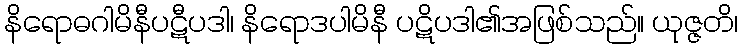
နိရောဓဂါမိနီပဋီပဒါ၊ နိရောဒပါမိနီ ပဋိပဒါ၏အဖြစ်သည်။ ယုဇ္ဇတိ၊